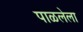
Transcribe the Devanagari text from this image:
पाळलेला